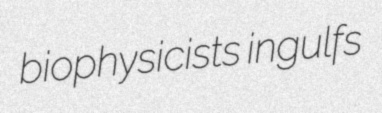
biophysicists ingulfs